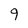
Character: 9